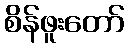
စိန်ဖူးတော်